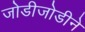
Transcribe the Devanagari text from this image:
जोडीजोडीने